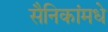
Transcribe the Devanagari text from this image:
सैनिकांमधे